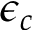
\epsilon _ { c }